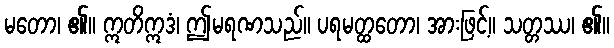
မတော၊ ၏။ ဣတိဣဒံ၊ ဤမရဏသည်။ ပရမတ္ထတော၊ အားဖြင့်။ သတ္တဿ၊ ၏။